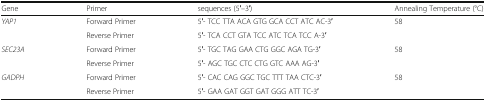
| Gene | Primer | sequences (5′–3′) | Annealing Temperature (°C) |
 | --- | --- | --- | --- |
 | <ROWSPAN=2> YAP1 | Forward Primer | 5′- TCC TTA ACA GTG GCA CCT ATC AC-3′ | <ROWSPAN=2> 58 |
 | Reverse Primer | 5′- TCA CCT GTA TCC ATC TCA TCC A-3′ |
 | <ROWSPAN=2> SEC23A | Forward Primer | 5′- TGC TAG GAA CTG GGC AGA TG-3′ | <ROWSPAN=2> 58 |
 | Reverse Primer | 5′- AGC TGC CTC CTG GTC AAA AG-3′ |
 | <ROWSPAN=2> GADPH | Forward Primer | 5′- CAC CAG GGC TGC TTT TAA CTC-3′ | <ROWSPAN=2> 58 |
 | Reverse Primer | 5′- GAA GAT GGT GAT GGG ATT TC-3′ |